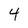
Character: 4